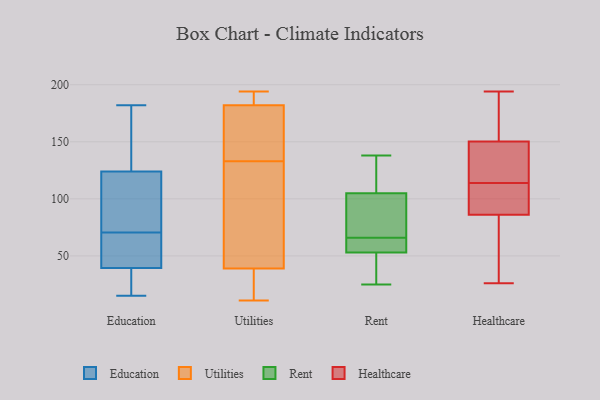
{"axis": {"x": "Satisfaction Score", "y": "Value"}, "legend": ["Education", "Healthcare", "Rent", "Utilities"], "data": [{"x": "", "y": 160, "type": "Education"}, {"x": "", "y": 108, "type": "Education"}, {"x": "", "y": 75, "type": "Education"}, {"x": "", "y": 144, "type": "Education"}, {"x": "", "y": 140, "type": "Education"}, {"x": "", "y": 90, "type": "Education"}, {"x": "", "y": 53, "type": "Education"}, {"x": "", "y": 66, "type": "Education"}, {"x": "", "y": 15, "type": "Education"}, {"x": "", "y": 38, "type": "Education"}, {"x": "", "y": 80, "type": "Education"}, {"x": "", "y": 52, "type": "Education"}, {"x": "", "y": 38, "type": "Education"}, {"x": "", "y": 182, "type": "Education"}, {"x": "", "y": 27, "type": "Education"}, {"x": "", "y": 41, "type": "Education"}, {"x": "", "y": 133, "type": "Utilities"}, {"x": "", "y": 133, "type": "Utilities"}, {"x": "", "y": 193, "type": "Utilities"}, {"x": "", "y": 186, "type": "Utilities"}, {"x": "", "y": 185, "type": "Utilities"}, {"x": "", "y": 34, "type": "Utilities"}, {"x": "", "y": 173, "type": "Utilities"}, {"x": "", "y": 15, "type": "Utilities"}, {"x": "", "y": 11, "type": "Utilities"}, {"x": "", "y": 95, "type": "Utilities"}, {"x": "", "y": 54, "type": "Utilities"}, {"x": "", "y": 152, "type": "Utilities"}, {"x": "", "y": 194, "type": "Utilities"}, {"x": "", "y": 55, "type": "Utilities"}, {"x": "", "y": 13, "type": "Utilities"}, {"x": "", "y": 57, "type": "Rent"}, {"x": "", "y": 60, "type": "Rent"}, {"x": "", "y": 76, "type": "Rent"}, {"x": "", "y": 122, "type": "Rent"}, {"x": "", "y": 113, "type": "Rent"}, {"x": "", "y": 72, "type": "Rent"}, {"x": "", "y": 25, "type": "Rent"}, {"x": "", "y": 49, "type": "Rent"}, {"x": "", "y": 97, "type": "Rent"}, {"x": "", "y": 60, "type": "Rent"}, {"x": "", "y": 138, "type": "Rent"}, {"x": "", "y": 30, "type": "Rent"}, {"x": "", "y": 150, "type": "Healthcare"}, {"x": "", "y": 65, "type": "Healthcare"}, {"x": "", "y": 26, "type": "Healthcare"}, {"x": "", "y": 114, "type": "Healthcare"}, {"x": "", "y": 194, "type": "Healthcare"}, {"x": "", "y": 93, "type": "Healthcare"}, {"x": "", "y": 108, "type": "Healthcare"}, {"x": "", "y": 178, "type": "Healthcare"}, {"x": "", "y": 114, "type": "Healthcare"}, {"x": "", "y": 107, "type": "Healthcare"}, {"x": "", "y": 146, "type": "Healthcare"}, {"x": "", "y": 42, "type": "Healthcare"}, {"x": "", "y": 151, "type": "Healthcare"}]}